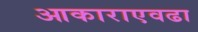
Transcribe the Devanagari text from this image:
आकाराएवढा